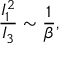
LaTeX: \frac { I _ { 1 } ^ { 2 } } { I _ { 3 } } \sim \frac { 1 } { \beta } ,